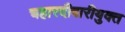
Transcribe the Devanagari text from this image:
चहारदीवारीयुक्त